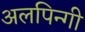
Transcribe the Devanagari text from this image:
अलपिन्गी